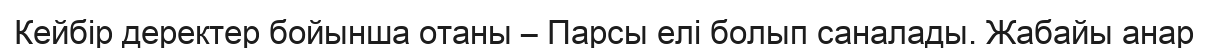
Кейбір деректер бойынша отаны – Парсы елі болып саналады. Жабайы анар